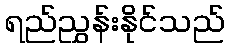
ရည်ညွှန်းနိုင်သည်